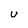
Character: U